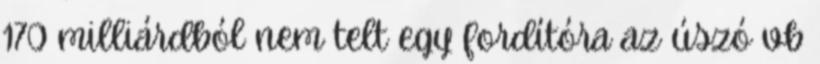
170 milliárdból nem telt egy fordítóra az úszó vb